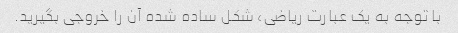
با توجه به یک عبارت ریاضی، شکل ساده شده آن را خروجی بگیرید.